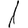
Digit: 1